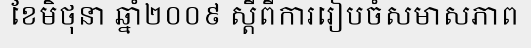
ខែមិថុនា ឆ្នាំ២០០៩ ស្តីពីការរៀបចំសមាសភាព